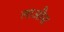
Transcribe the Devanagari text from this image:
लाऔस